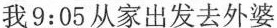
我9:05从家出发去外婆